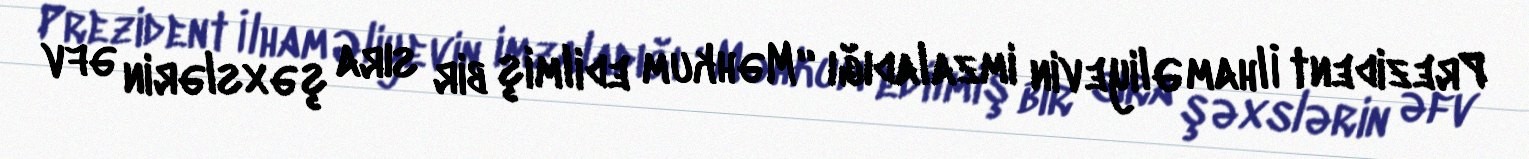
Prezident İlham Əliyevin imzaladığı “Məhkum edilmiş bir sıra şəxslərin əfv